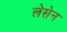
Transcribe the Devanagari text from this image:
लेसेन